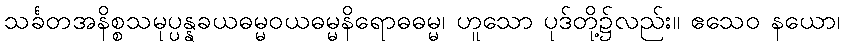
သင်္ခတအနိစ္စသမုပ္ပန္နခယဓမ္မဝယဓမ္မနိရောဓဓမ္မ၊ ဟူသော ပုဒ်တို့၌လည်း။ ဧသေဝ နယော၊